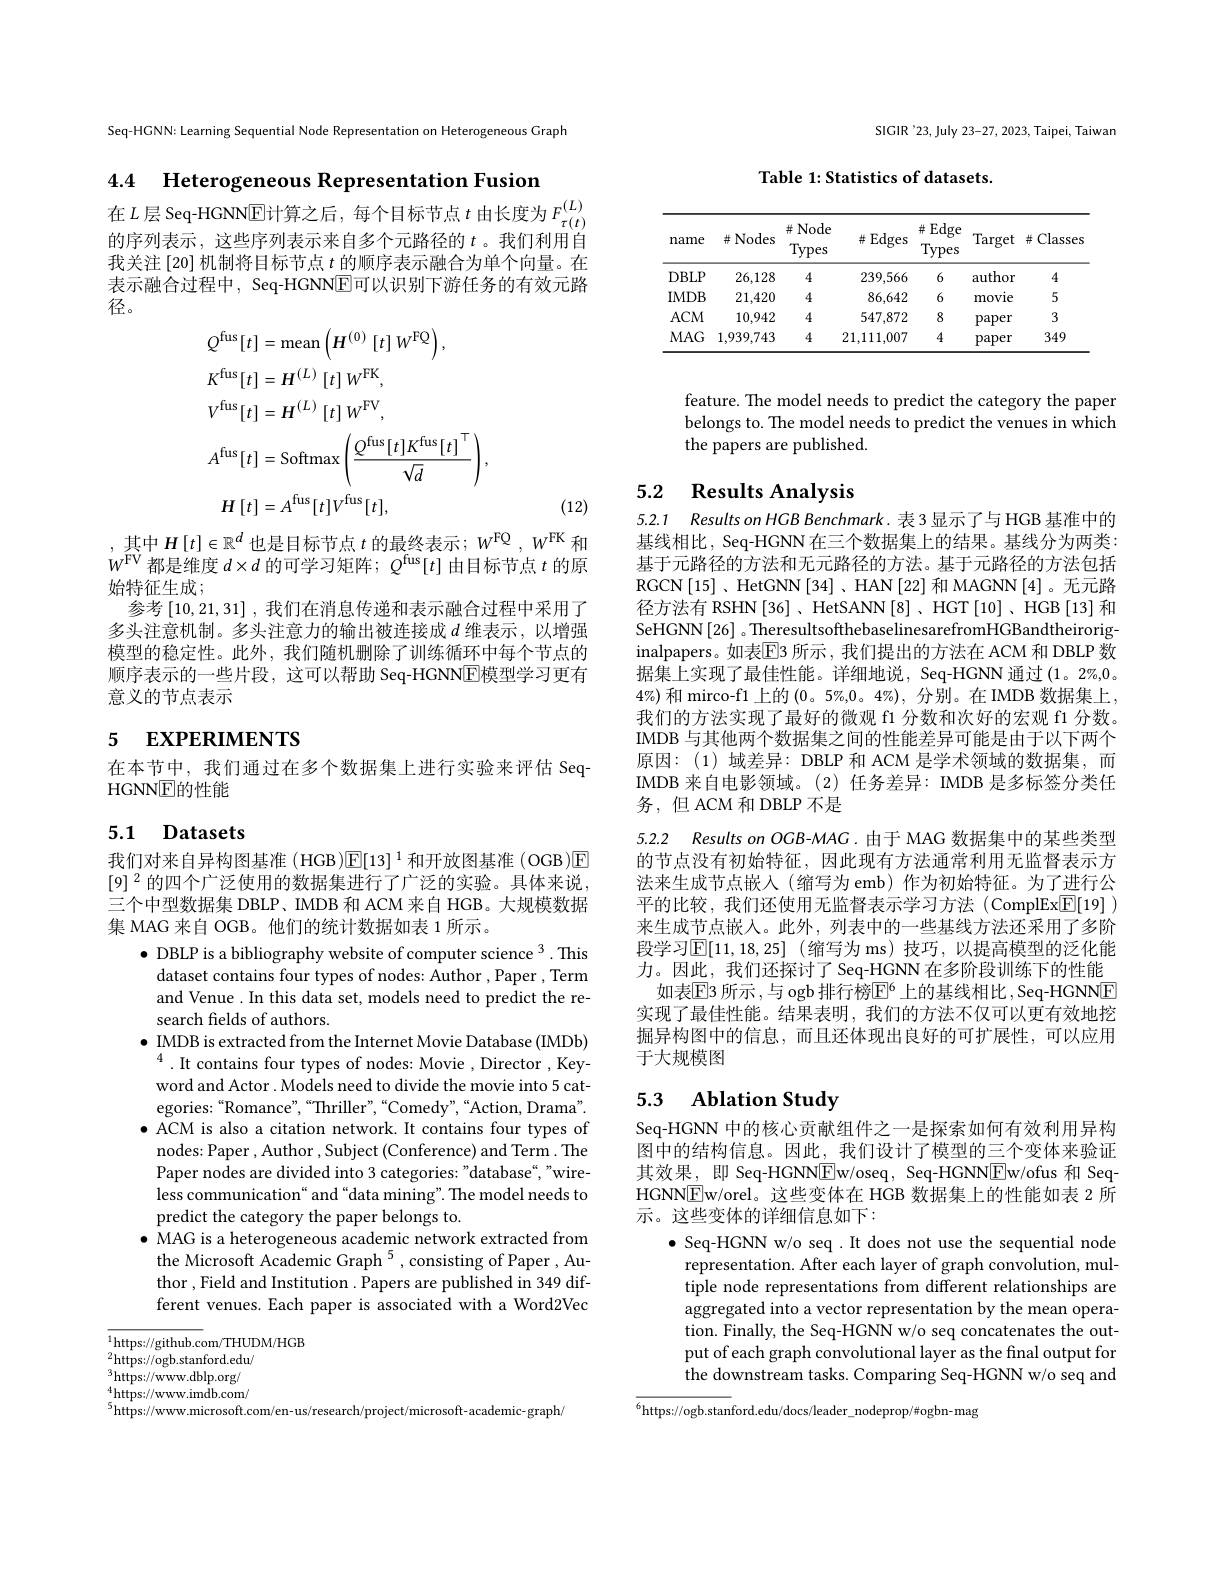
Seq-HGNN: Learning Sequential Node Representation on Heterogeneous Graph

4.4 Heterogeneous Representation Fusion

在$L$层 Seq-HGNNE计算之后，每个目标节点$t$ 由长度为$F_\tau(t)^{(L)}$ 的序列表示，这些序列表示来自多个元路径的$t$ 。我们利用自我关注[20] 机制将目标节点$t$的顺序表示融合为单个向量。在表示融合过程中，Seq-HGNN$\overline{\mathrm{E}}$可以识别下游任务的有效元路径。
$$\begin{aligned}&Q^{\mathrm{fus}}[t]=\mathrm{mean}\left(H^{(0)}\left[t\right]W^{\mathrm{FQ}}\right),\\&K^{\mathrm{fus}}[t]=H^{(L)}\left[t\right]W^{\mathrm{FK}},\\&V^{\mathrm{fus}}[t]=H^{(L)}\left[t\right]W^{\mathrm{FV}},\\&A^{\mathrm{fus}}[t]=\mathrm{Softmax}\left(\frac{Q^{\mathrm{fus}}[t]K^{\mathrm{fus}}[t]^{\mathrm{T}}}{\sqrt{d}}\right),\\&H\left[t\right]=A^{\mathrm{fus}}[t]V^{\mathrm{fus}}[t],\end{aligned}$$
(12)

,其中$H\left[t\right]\in\mathbb{R}^d$也是目标节点$t$ 的最终表示；$W^\mathrm{FQ},W^\mathrm{FK}$和$W^\mathrm{FV}$都是维度$d\times d$的可学习矩阵$;Q^\mathrm{fus}[t]$由目标节点$t$的原始特征生成；
参考[10,21,31],我们在消息传递和表示融合过程中采用了多头注意机制。多头注意力的输出被连接成$d$维表示，以增强模型的稳定性。此外，我们随机删除了训练循环中每个节点的顺序表示的一些片段，这可以帮助 Seq-HGNN$\overline{\mathrm{E}}$模型学习更有意义的节点表示

# 5 EXPERIMENTS

在本节中，我们通过在多个数据集上进行实验来评估 Seq-
HGNNE的性能

## 5.1 Datasets

我们对来自异构图基准 (HGB)$\overline{\mathbb{E}}[13]^{1}$和开放图基准 (OGB)E $[9]^2$的四个广泛使用的数据集进行了广泛的实验。具体来说， 三个中型数据集 DBLP、IMDB 和 ACM 来自 HGB。大规模数据集 MAG 来自 OGB。他们的统计数据如表 1 所示。

$\bullet$ DBLP is a bibliography website of computer science $^3.$ This
dataset contains four types of nodes: Author , Paper , Term and Venue. In this data set, models need to predict the research fields of authors.
$\bullet$ IMDB is extracted from the Internet Movie Database (IMDb) $^{4}$.It contains four types of nodes: Movie , Director , Keyword and Actor . Models need to divide the movie into 5 categories:“Romance”,“Thriller”,“Comedy",“Action, Drama”. $\bullet$ ACM is also a citation network. It contains four types of nodes: Paper , Author , Subject (Conference) and Term . The Paper nodes are divided into 3 categories: "database“,”wireless communication“ and“data mining”. The model needs to predict the category the paper belongs to.
$\bullet$ MAG is a heterogeneous academic network extracted from
the Microsoft Academic Graph $^{5}$,consisting of Paper, Author , Field and Institution . Papers are published in 349 different venues. Each paper is associated with a Word2Vec

$\overline{1\text{https://github.com/THUDM/HGB}}$
${}_{2}^{2}$https://ogb.stanford.edu/ $^{3}$https://www.dblp.org/ $^4$https://www.imdb.com/ $^{5}$https://www.microsoft.com/en-us/research/project/microsoft-academic-graph/

SIGIR '23, July 23-27, 2023, Taipei, Taiwan

Table 1: Statistics of datasets.

<table>
	<tbody>
		<tr>
			<th>name</th>
			<th>并 Nodes</th>
			<th>$\#$Node $\underline{Types}$</th>
			<th>$\#$Edges </th>
			<th>$\#$Edge Types</th>
			<th>Target</th>
			<th>$\#$Classes</th>
		</tr>
		<tr>
			<td>$DBLP$</td>
			<td>26,128</td>
			<td>4</td>
			<td>239,566</td>
			<td>6</td>
			<td>author</td>
			<td>4</td>
		</tr>
		<tr>
			<td>$IMDB$</td>
			<td>21,420</td>
			<td>4</td>
			<td>86,642</td>
			<td>6</td>
			<td>movie</td>
			<td>5</td>
		</tr>
		<tr>
			<td>$ACM$</td>
			<td>10,942</td>
			<td>4</td>
			<td>547,872</td>
			<td>8</td>
			<td>paper</td>
			<td>3</td>
		</tr>
		<tr>
			<td>$MAG$</td>
			<td>1,939,743</td>
			<td>4</td>
			<td>21,111,007</td>
			<td>4</td>
			<td>paper</td>
			<td>349</td>
		</tr>
	</tbody>
</table>

feature. The model needs to predict the category the paper belongs to. The model needs to predict the venues in which the papers are published.

## 5.2 Results Analysis

5.2.1 Results on HCB Benchmark. 表 3 显示了与 HGB 基准中的基线相比，Seq-HGNN 在三个数据集上的结果。基线分为两类： 基于元路径的方法和无元路径的方法。基于元路径的方法包括RGCN[15]、HetGNN[34]、HAN[22] 和 MAGNN[4]。无元路径方法有 RSHN [36] , HetSANN[8] , HGT [10] , HGB [13] 和SeHGNN[26] 。TheresultsofthebaselinesarefromHGBandtheiroriginalpapers。如表$\boxed{\mathrm{E}}$3 所示，我们提出的方法在 ACM 和 DBLP 数据集上实现了最佳性能。详细地说，Seq-HGNN 通过(1。2%,0。$4\%$和 mirco-f1 上的(0。5%,0。4%),分别。在 IMDB 数据集上， 我们的方法实现了最好的微观 f1 分数和次好的宏观 f1 分数。IMDB 与其他两个数据集之间的性能差异可能是由于以下两个原因：(1)域差异：DBLP 和 ACM 是学术领域的数据集，而IMDB 来自电影领域。(2)任务差异：IMDB 是多标签分类任务，但 ACM 和 DBLP 不是

5.2.2 Results on OGB-MAG.由于 MAG 数据集中的某些类型

的节点没有初始特征，因此现有方法通常利用无监督表示方法来生成节点嵌入(缩写为 emb)作为初始特征。为了进行公平的比较，我们还使用无监督表示学习方法 (ComplEx$\boxed{\mathrm{E}}[19]$ ) 来生成节点嵌入。此外，列表中的一些基线方法还采用了多阶段学习$\mathbb{E}[11,18,25]$ (缩写为 ms) 技巧，以提高模型的泛化能力。因此，我们还探讨了 Seq-HGNN 在多阶段训练下的性能如表$\mathbb{E}$3 所示 ,与 ogb 排行榜$\mathbb{E}^6$ 上的基线相比 , Seq-HGNNE
实现了最佳性能。结果表明，我们的方法不仅可以更有效地挖掘异构图中的信息，而且还体现出良好的可扩展性，可以应用于大规模图

# 5.3 Ablation Study

Seq-HGNN 中的核心贡献组件之一是探索如何有效利用异构图中的结构信息。因此，我们设计了模型的三个变体来验证其效果，即 Seq-HGNN$\boxed{\mathrm{F}}$w/oseq, Seq-HGNN$\boxed{\mathrm{E}}$w/ofus 和 SeqHGNN$\boxed{\mathrm{F}}$w/orel。这些变体在 HGB 数据集上的性能如表 2 所示。这些变体的详细信息如下：
$\bullet$ Seq-HGNN w/o seq.It does not use the sequential node representation. After each layer of graph convolution, multiple node representations from different relationships are aggregated into a vector representation by the mean operation. Finally, the Seq-HGNN w/o seq concatenates the output of each graph convolutional layer as the final output for the downstream tasks. Comparing Seq-HGNN w/o seq and

$\overline{^{6}\text{https://ogb.stanford.edu/docs/leader\_nodeprop/\#ogbn-mag}}$